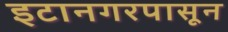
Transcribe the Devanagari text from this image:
इटानगरपासून